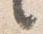
言